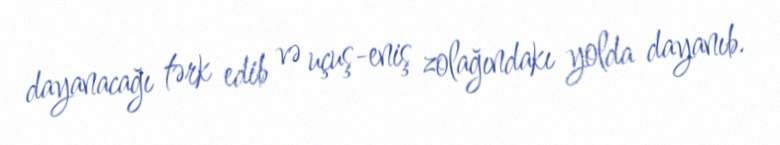
dayanacağı tərk edib və uçuş-eniş zolağındakı yolda dayanıb.